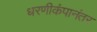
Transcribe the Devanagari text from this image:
धरणीकंपानंतर